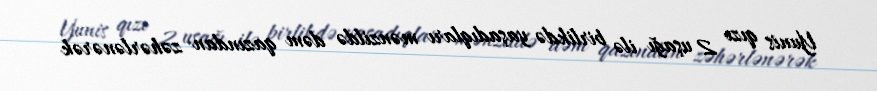
Yunis qızı 2 uşağı ilə birlikdə yaşadıqları mənzildə dəm qazından zəhərlənərək